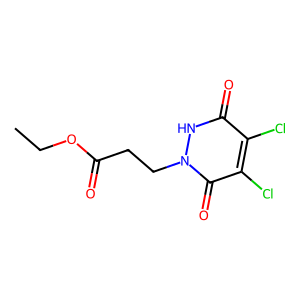
SMILES: CCOC(=O)CCn1[nH]c(=O)c(Cl)c(Cl)c1=O
Inhibits HIV replication: No